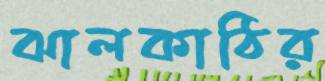
ঝালকাঠির